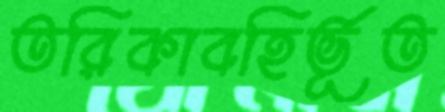
তরিকাবহির্ভূত